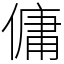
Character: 傭